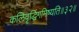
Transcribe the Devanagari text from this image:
कलिवृर्द्धिगमिष्यति॥३२॥